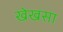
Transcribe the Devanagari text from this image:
खेखसा